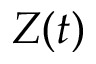
Z ( t )